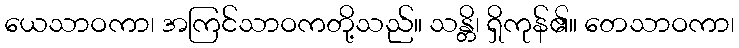
ယေသာဝကာ၊ အကြင်သာဝကတို့သည်။ သန္တိ၊ ရှိကုန်၏။ တေသာဝကာ၊